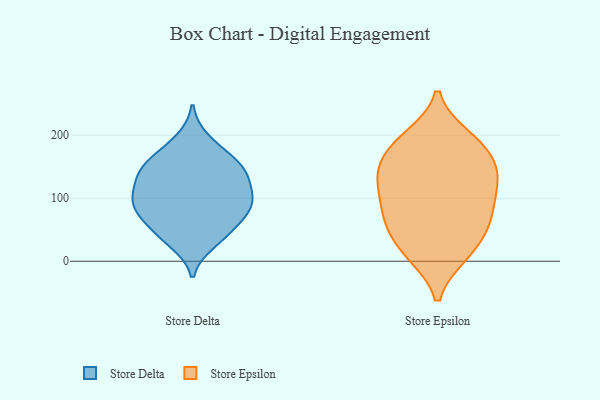
{"axis": {"x": "Inventory Turnover", "y": "Value"}, "legend": ["Store Delta", "Store Epsilon"], "data": [{"x": "", "y": 141, "type": "Store Delta"}, {"x": "", "y": 148, "type": "Store Delta"}, {"x": "", "y": 162, "type": "Store Delta"}, {"x": "", "y": 30, "type": "Store Delta"}, {"x": "", "y": 79, "type": "Store Delta"}, {"x": "", "y": 41, "type": "Store Delta"}, {"x": "", "y": 137, "type": "Store Delta"}, {"x": "", "y": 90, "type": "Store Delta"}, {"x": "", "y": 193, "type": "Store Delta"}, {"x": "", "y": 121, "type": "Store Delta"}, {"x": "", "y": 92, "type": "Store Delta"}, {"x": "", "y": 84, "type": "Store Delta"}, {"x": "", "y": 45, "type": "Store Delta"}, {"x": "", "y": 136, "type": "Store Delta"}, {"x": "", "y": 97, "type": "Store Delta"}, {"x": "", "y": 169, "type": "Store Delta"}, {"x": "", "y": 63, "type": "Store Delta"}, {"x": "", "y": 103, "type": "Store Delta"}, {"x": "", "y": 112, "type": "Store Epsilon"}, {"x": "", "y": 175, "type": "Store Epsilon"}, {"x": "", "y": 65, "type": "Store Epsilon"}, {"x": "", "y": 145, "type": "Store Epsilon"}, {"x": "", "y": 185, "type": "Store Epsilon"}, {"x": "", "y": 15, "type": "Store Epsilon"}, {"x": "", "y": 63, "type": "Store Epsilon"}, {"x": "", "y": 15, "type": "Store Epsilon"}, {"x": "", "y": 72, "type": "Store Epsilon"}, {"x": "", "y": 151, "type": "Store Epsilon"}, {"x": "", "y": 126, "type": "Store Epsilon"}, {"x": "", "y": 56, "type": "Store Epsilon"}, {"x": "", "y": 127, "type": "Store Epsilon"}, {"x": "", "y": 11, "type": "Store Epsilon"}, {"x": "", "y": 130, "type": "Store Epsilon"}, {"x": "", "y": 190, "type": "Store Epsilon"}, {"x": "", "y": 196, "type": "Store Epsilon"}, {"x": "", "y": 85, "type": "Store Epsilon"}]}